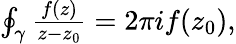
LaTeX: \begin{array}{r}{\oint_{\gamma}\frac{f(z)}{z-z_{0}}=2\pi if(z_{0}),}\end{array}